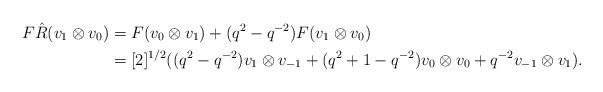
LaTeX: \begin{align*}F\hat{R}(v_{1}\otimes v_{0}) & =F(v_{0}\otimes v_{1})+(q^{2}-q^{-2})F(v_{1}\otimes v_{0})\\ & =[2]^{1/2}((q^{2}-q^{-2})v_{1}\otimes v_{-1}+(q^{2}+1-q^{-2})v_{0}\otimes v_{0}+q^{-2}v_{-1}\otimes v_{1}).\end{align*}